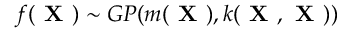
f ( \textbf { X } ) \sim G P ( m ( \textbf { X } ) , k ( \textbf { X } , \textbf { X } ) )